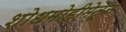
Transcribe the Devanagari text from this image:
शोधमोहीमेतून